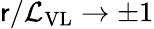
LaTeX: \mathsf{r}/\mathcal{{L}}_{\mathrm{{VL}}}\to\pm1